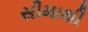
સીમાથી